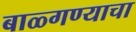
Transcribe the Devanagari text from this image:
बाळ्गण्याचा